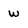
Character: w